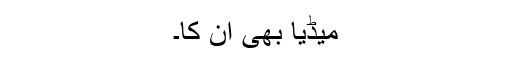
میڈیا بھی اِن کا۔